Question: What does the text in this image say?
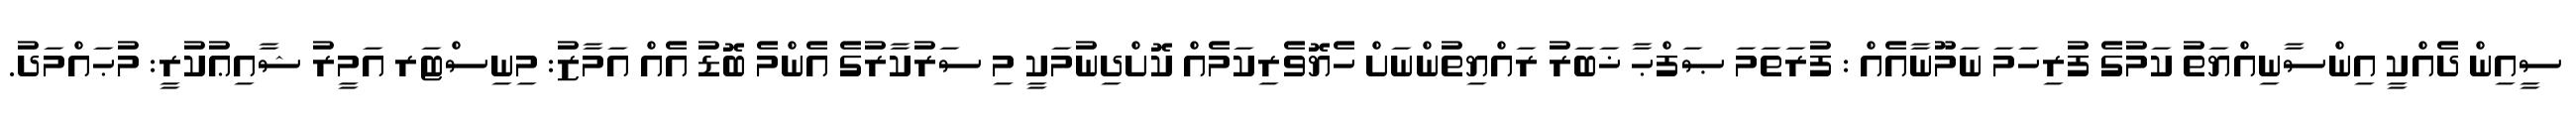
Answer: ސީއިން ދެއްކީ އިންސާނިއްޔަތު ކަމުގެ ފުރިހަމަ ނަމޫނާއެއް : ފުރަތަމަ ޞަފްޙާ ޚަބަރު ރައްޔިތުންނަށް ހެޔޮވެރިކަމެއް ކޮށްދިނުމަކީ މި ސަރުކާރުގެ އެންމެ ބޮޑު އެއް އަމާޒު: މިނިސްޓަރ އަމީރު ޝާއިޢުކުރީ: މުޙައްމަދު.